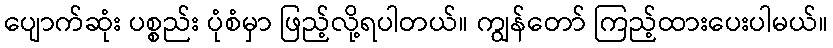
ပျောက်ဆုံး ပစ္စည်း ပုံစံမှာ ဖြည့်လို့ရပါတယ်။ ကျွန်တော် ကြည့်ထားပေးပါမယ်။